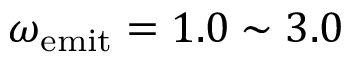
\omega _ { \mathrm { e m i t } } = 1 . 0 \sim 3 . 0